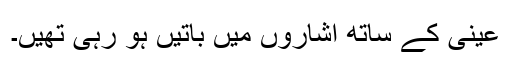
عینی کے ساتھ اشاروں میں باتیں ہو رہی تھیں۔